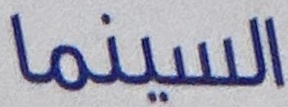
السينما